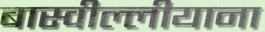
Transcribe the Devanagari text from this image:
बास्वील्लीयाना